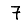
Digit: 7